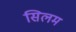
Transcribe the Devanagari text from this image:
सिलम